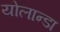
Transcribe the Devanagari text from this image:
योलान्डा